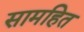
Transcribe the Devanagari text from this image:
सामहित